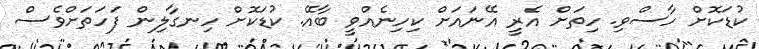
ކުޑަކޮށް ހާސްވި. ހިތަށް އެރީ އޭނައަށް ކިހިނެއްވީ ބާއޭ. ކުޑަކޮށް ހިނގާލިން ފަހަތަށްވެސް